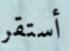
أستقر